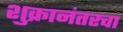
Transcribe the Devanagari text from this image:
शुक्रानंतरचा